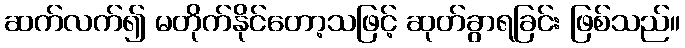
ဆက်လက်၍ မတိုက်နိုင်တော့သဖြင့် ဆုတ်ခွာရခြင်း ဖြစ်သည်။